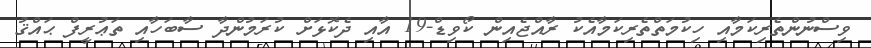
ވިސްނުންތެރިކަމާއި ހިކުމަތްތެރިކަމާއެކު ރާއްޖެއިން ކޯވިޑް-19 އާއި ދެކޮޅަށް ކުރަމުންދާ ސާބަހާއި ތަޢުރީފް ޙައްޤު